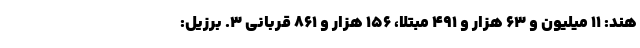
هند: ۱۱ میلیون و ۶۳ هزار و ۴۹۱ مبتلا، ۱۵۶ هزار و ۸۶۱ قربانی ۳. برزیل: